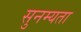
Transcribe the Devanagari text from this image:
सुनम्यता